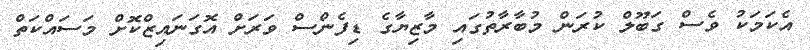
އެކަމަކު ވެސް ގަބޫލް ކުރަން މުބާރާތުގައި މާޒިޔާގެ ޑިފެންސް ވަރަށް އޮގަނައިޒްކޮށް މަސައްކަތް